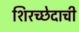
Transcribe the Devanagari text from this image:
शिरच्छेदाची